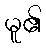
မူ၏